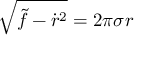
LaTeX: \sqrt { \widetilde f - \dot { r } ^ { 2 } } = 2 \pi \sigma r